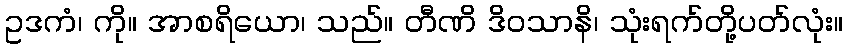
ဥဒကံ၊ ကို။ အာစရိယော၊ သည်။ တီဏိ ဒိဝသာနိ၊ သုံးရက်တို့ပတ်လုံး။